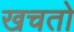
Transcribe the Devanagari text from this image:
खचतो